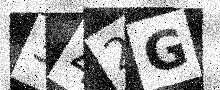
Text: 342G